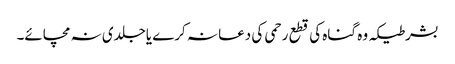
بشرطیکہ وہ گناہ کی قطع رحمی کی دعا نہ کرے یاجلدی نہ مچائے۔